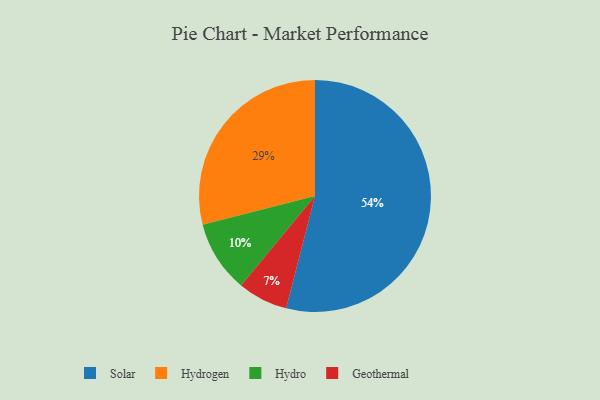
{"axis": {"x": "Category", "y": "Percentage"}, "legend": ["Geothermal", "Hydro", "Hydrogen", "Solar"], "data": [{"x": "Hydrogen", "y": 29, "type": "Hydrogen"}, {"x": "Solar", "y": 54, "type": "Solar"}, {"x": "Hydro", "y": 10, "type": "Hydro"}, {"x": "Geothermal", "y": 7, "type": "Geothermal"}]}